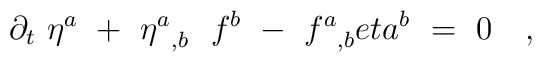
\partial_t\ \eta^a\ +\ {\eta^a}_{,b}\ \ f^b\ -\ {f^a}_{,b}\\eta^b \ =\ 0\ \ \ ,